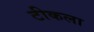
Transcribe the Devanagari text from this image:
टीकला